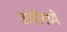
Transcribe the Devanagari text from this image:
सांचीमध्ये